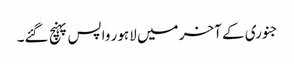
جنوری کے آخر میں لاہور واپس پہنچ گئے۔